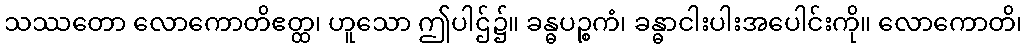
သဿတော လောကောတိဧတ္ထ၊ ဟူသော ဤပါဌ်၌။ ခန္ဓပဉ္စကံ၊ ခန္ဓာငါးပါးအပေါင်းကို။ လောကောတိ၊